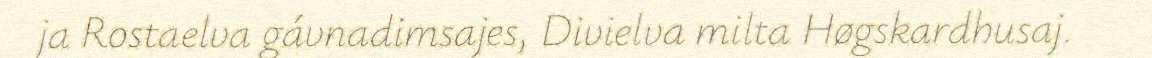
ja Rostaelva gávnadimsajes, Divielva milta Høgskardhusaj.